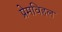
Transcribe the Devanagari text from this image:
प्रेमविहल